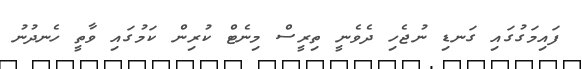
ފައިމަގުގައި ގަނޑި ނުޖެހި ދެވެނީ ތިރީސް މިނެޓް ކުރިން ކަމުގައި ވާތީ ހެނދުނު